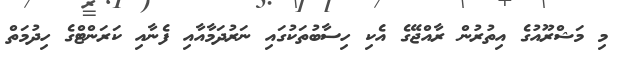
މި މަޝްރޫއުގެ އިތުރުން ރާއްޖޭގެ އެކި ހިސާބުތަކުގައި ނަރުދަމާއާއި ފެނާއި ކަރަންޓްގެ ހިދުމަތް